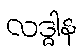
လဒ္ဓါန